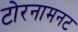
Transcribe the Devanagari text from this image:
टोरनामनट